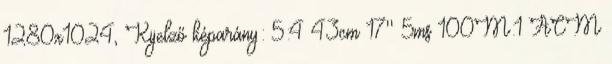
1280x1024, Kijelző képarány: 5:4 43cm 17'' 5ms 100M:1 ACM